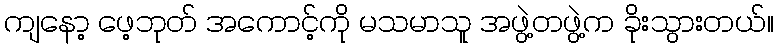
ကျနော့ ဖေ့ဘုတ် အကောင့်ကို မသမာသူ အဖွဲ့တဖွဲ့က ခိုးသွားတယ်။